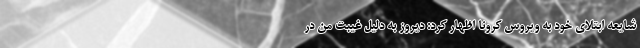
شایعه ابتلای خود به ویروس کرونا اظهار کرد: دیروز به دلیل غیبت من در